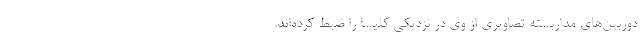
دوربین‌های مداربسته تصاویری از وی در نزدیکی کلیسا را ضبط کرده‌اند.